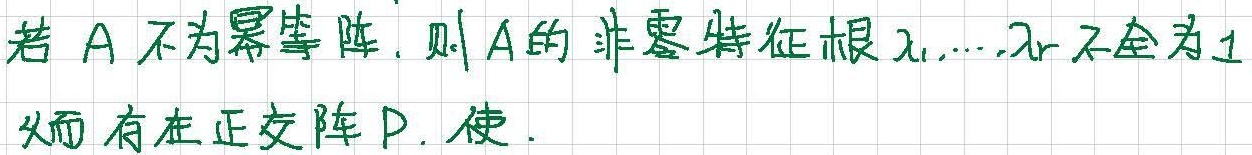
若 $A$ 不为幂零阵，则 $A$ 的非零特征根 $\lambda_1,\cdots,\lambda_r$ 不全为 $1$。

而存在正交阵 $P$，使：